Black-water fever - Number 35
Disease focus: Fever
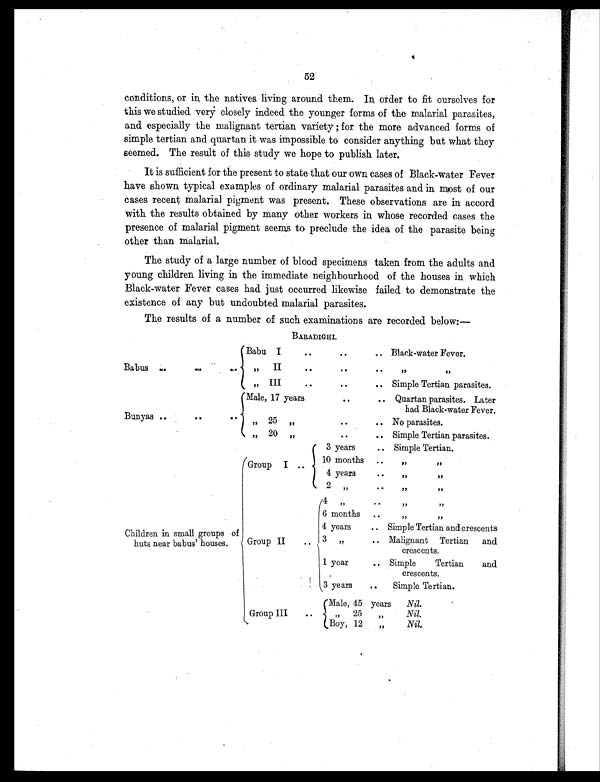
52
conditions, or in, the natives living around them. I
n order to fit ourselves for
this we studied very
closely indeed the younger forms of the malarial parasites,
and especially the malignant tertian variety ; for the more advanced forms of
simple tertian and quartan it was impossible to consider anything but what they
seemed. The result of this study we hope to publish later.
It is sufficient for the present to state that our own cases of Black-water Fever
have shown typical examples of ordinary malarial parasites and in most of our
cases recent malarial pigment was present. These observations are in accord
with the results obtained by many other workers in whose recorded cases the
presence of malarial pigment seems to preclude the idea of the parasite being
other than malarial.
The study of a large number of blood specimens taken from the adults and
young children living in the immediate neighbourhood of the houses in which
Black-water Fever cases had just occurred likewise failed to demonstrate the
existence of any but undoubted malarial parasites.
The results of a number of such examinations are recorded below:—
BARADIGHI.
Babus
..
.
. ..
Babu I
..
..
.. Black-water Fever.
"
II
. .
..
..
" "
" III
. .
..
.. Simple Tertian parasites.
Bunyas ..
..
..
Male, 17 years
..
.. Quartan parasites. Later
had Black-water Fever.
„ 25 „
..
.. No parasites.
„ 20 „
..
.. Simple Tertian parasites.
Children in small groups of
huts near babus' houses.
Group I ..
3 years
.. Simple Tertian.
10 months ..
,, ,,
4 years
..
,, ,,
2 „
..
,, ,,
Group II
. .
4 „
..
,,
,,
6 months
..
,, ,,
4 years
.. Simple Tertian and crescents
3 " ..
Malignant Tertian and
crescents.
1 year
.. Simple Tertian and
crescents.
3 years
..
Simple Tertian.
Group III
..
Male, 45 years
Nil.
" 25 "
Nil.
Boy, 12 „
Nil.